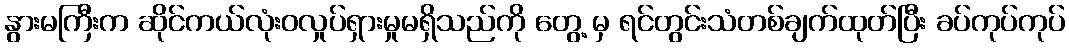
နွားမကြီးက ဆိုင်ကယ်လုံးဝလှုပ်ရှားမှုမရှိသည်ကို တွေ့ မှ ရင်တွင်းသံတစ်ချက်ထုတ်ပြီး ခပ်ကုပ်ကုပ်